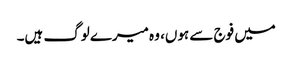
میں فوج سے ہوں، وہ میرے لوگ ہیں۔